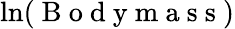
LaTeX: \ln(\mathrm{~B~o~d~y~m~a~s~s~})